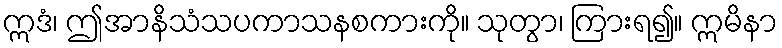
ဣဒံ၊ ဤအာနိသံသပကာသနစကားကို။ သုတွာ၊ ကြားရ၍။ ဣမိနာ